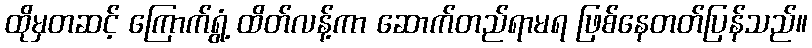
ထိုမှတဆင့် ကြောက်ရွံ့ ထိတ်လန့်ကာ ဆောက်တည်ရာမရ ဖြစ်နေတတ်ပြန်သည်။